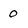
Character: 0